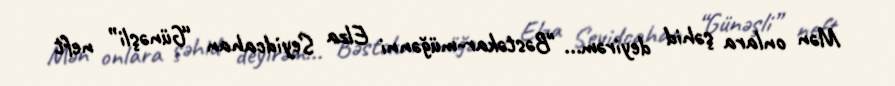
Mən onlara şəhid deyirəm... "Bəstəkar-müğənni Elza Seyidcahan “Günəşli” neft